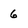
Character: 6